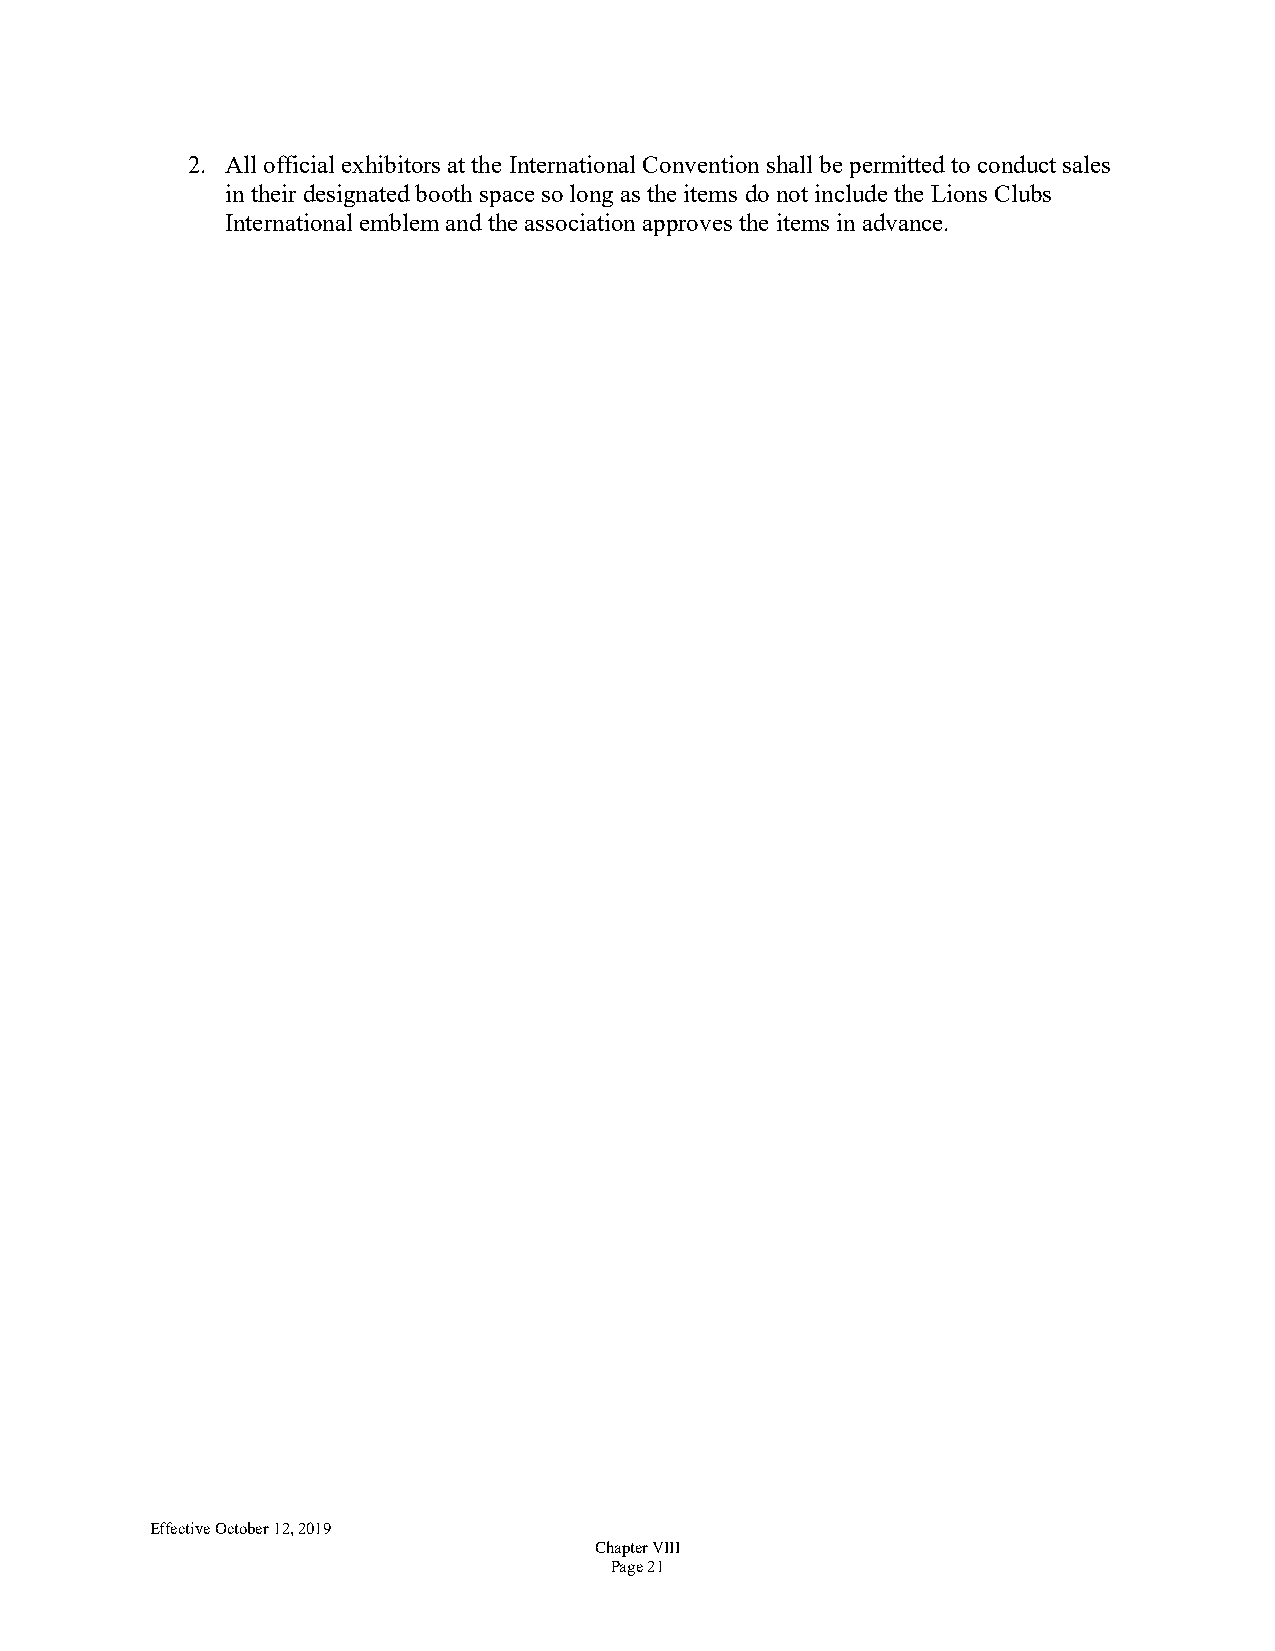
2. All official exhibitors at the International Convention shall be permitted to conduct sales
 in their designated booth space so long as the items do not include the Lions Clubs
 International emblem and the association approves the items in advance.
 Effective October 12, 2019
 Chapter VIII
 Page 21